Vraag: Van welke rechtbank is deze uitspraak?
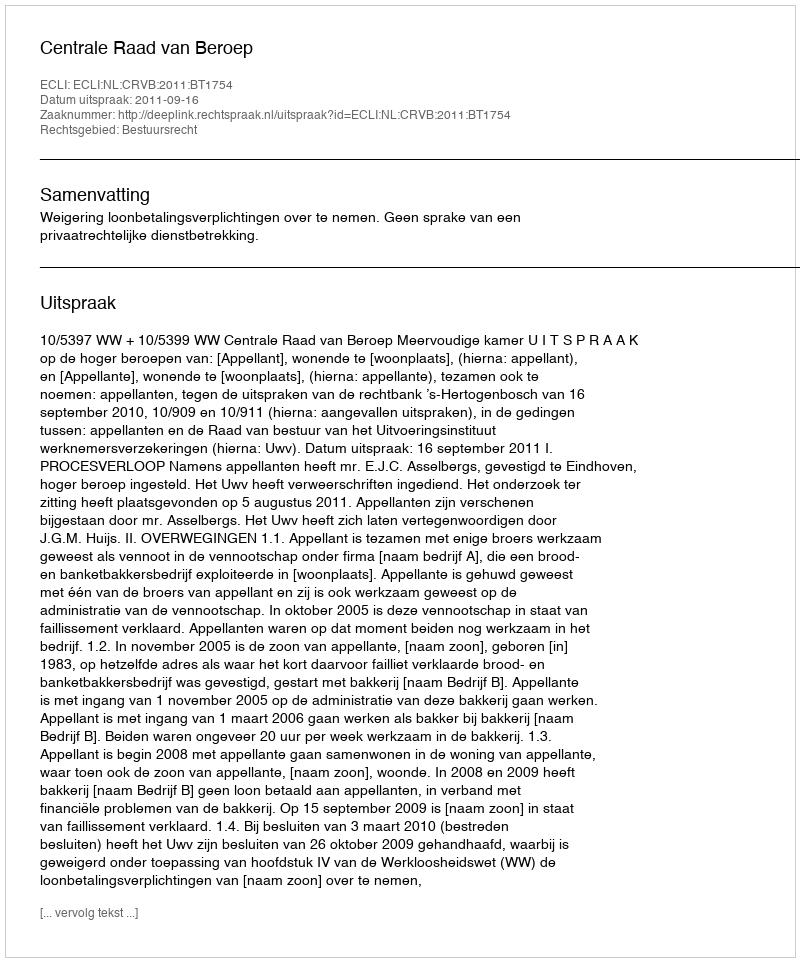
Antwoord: Centrale Raad van Beroep